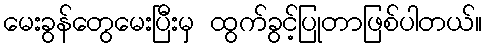
မေးခွန်တွေမေးပြီးမှ ထွက်ခွင့်ပြုတာဖြစ်ပါတယ်။